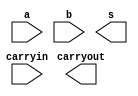
module thirtytwobitsubtractor(a,b,carryout,s,carryin); 
input [31:0] a,b;
output [31:0] s;
input carryin;
output carryout;
wire [31:0] m;
xor X0(m[0],b[0],1);
xor X1(m[1],b[1],1);
xor X2(m[2],b[2],1);
xor X3(m[3],b[3],1);
xor X4(m[4],b[4],1);
xor X5(m[5],b[5],1);
xor X6(m[6],b[6],1);
xor X7(m[7],b[7],1);
xor X8(m[8],b[8],1);
xor X9(m[9],b[9],1);
xor X10(m[10],b[10],1);
xor X11(m[11],b[11],1);
xor X12(m[12],b[12],1);
xor X13(m[13],b[13],1);
xor X14(m[14],b[14],1);
xor X15(m[15],b[15],1);
xor X16(m[16],b[16],1);
xor X17(m[17],b[17],1);
xor X18(m[18],b[18],1);
xor X19(m[19],b[19],1);
xor X20(m[20],b[20],1);
xor X21(m[21],b[21],1);
xor X22(m[22],b[22],1);
xor X23(m[23],b[23],1);
xor X24(m[24],b[24],1);
xor X25(m[25],b[25],1);
xor X26(m[26],b[26],1);
xor X27(m[27],b[27],1);
xor X28(m[28],b[28],1);
xor X29(m[29],b[29],1);
xor X30(m[30],b[30],1);
xor X31(m[31],b[31],1);
endmodule